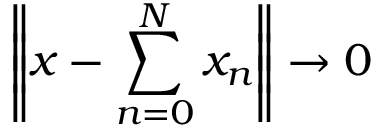
\left\| x - \sum _ { n = 0 } ^ { N } x _ { n } \right\| \to 0